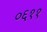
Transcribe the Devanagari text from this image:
०६११